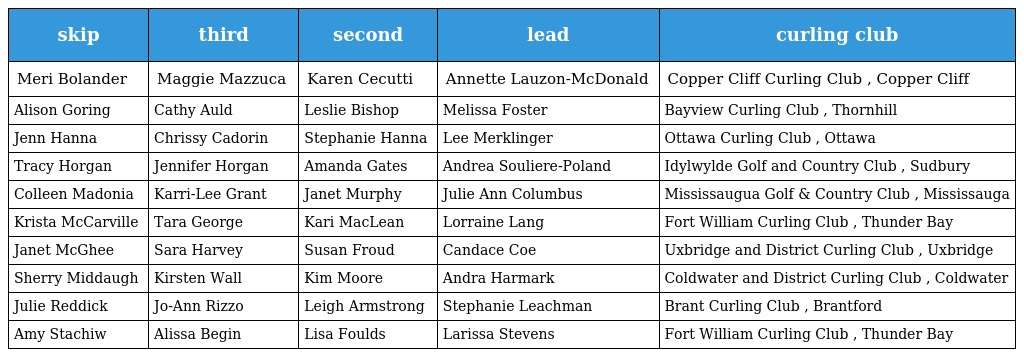
| skip | third | second | lead | curling club |
 | --- | --- | --- | --- | --- |
 | Meri Bolander | Maggie Mazzuca | Karen Cecutti | Annette Lauzon-McDonald | Copper Cliff Curling Club , Copper Cliff |
 | Alison Goring | Cathy Auld | Leslie Bishop | Melissa Foster | Bayview Curling Club , Thornhill |
 | Jenn Hanna | Chrissy Cadorin | Stephanie Hanna | Lee Merklinger | Ottawa Curling Club , Ottawa |
 | Tracy Horgan | Jennifer Horgan | Amanda Gates | Andrea Souliere-Poland | Idylwylde Golf and Country Club , Sudbury |
 | Colleen Madonia | Karri-Lee Grant | Janet Murphy | Julie Ann Columbus | Mississaugua Golf & Country Club , Mississauga |
 | Krista McCarville | Tara George | Kari MacLean | Lorraine Lang | Fort William Curling Club , Thunder Bay |
 | Janet McGhee | Sara Harvey | Susan Froud | Candace Coe | Uxbridge and District Curling Club , Uxbridge |
 | Sherry Middaugh | Kirsten Wall | Kim Moore | Andra Harmark | Coldwater and District Curling Club , Coldwater |
 | Julie Reddick | Jo-Ann Rizzo | Leigh Armstrong | Stephanie Leachman | Brant Curling Club , Brantford |
 | Amy Stachiw | Alissa Begin | Lisa Foulds | Larissa Stevens | Fort William Curling Club , Thunder Bay |